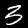
Digit: 3